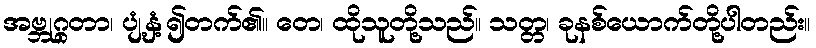
အဗ္ဘုဂ္ဂတာ၊ ပျံ့နှံ့၍တက်၏။ တေ၊ ထိုသူတို့သည်။ သတ္တ၊ ခုနစ်ယောက်တို့ပါတည်း။